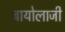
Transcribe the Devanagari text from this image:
बायोलाजी